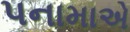
પનામાએ